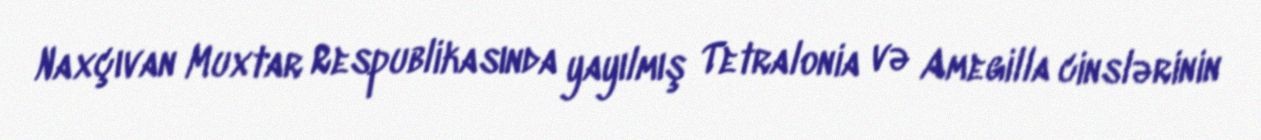
Naxçıvan Muxtar Respublikasında yayılmış Tetralonia və Amegilla cinslərinin